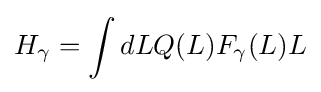
H_{\gamma }=\int dLQ(L)F_{\gamma }(L)L